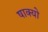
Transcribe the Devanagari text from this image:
षाक्यो